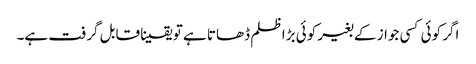
اگر کوئی کسی جواز کے بغیر کوئی بڑا ظلم ڈھاتا ہے تو یقینا قابل گرفت ہے۔